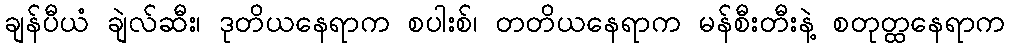
ချန်ပီယံ ချဲလ်ဆီး၊ ဒုတိယနေရာက စပါးစ်၊ တတိယနေရာက မန်စီးတီးနဲ့ စတုတ္ထနေရာက